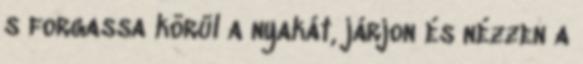
s forgassa körül a nyakát, járjon és nézzen a